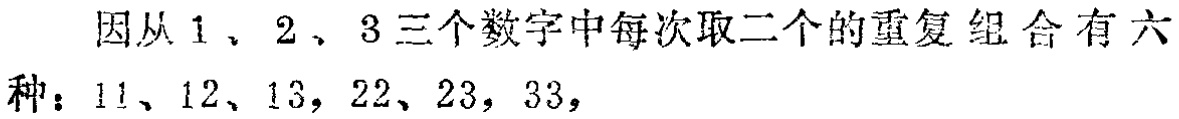
因从 \(1\)、\(2\)、\(3\) 三个数字中每次取二个的重复组合有六种：\(11\)、\(12\)、\(13\)，\(22\)、\(23\)，\(33\)，